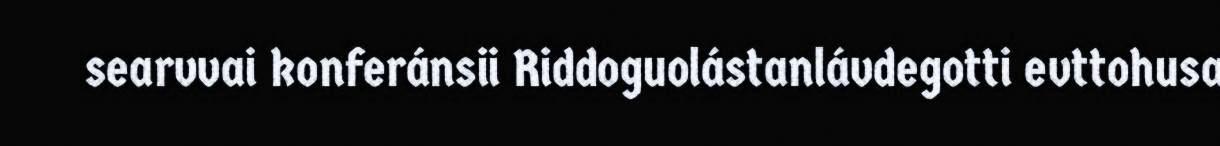
searvvai konferánsii Riddoguolástanlávdegotti evttohusa